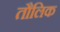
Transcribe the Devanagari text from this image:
तौलिक